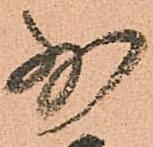
少